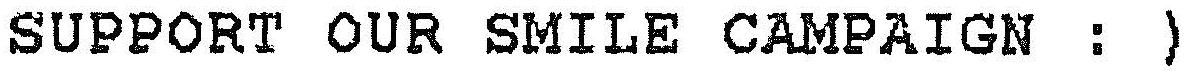
SUPPORT OUR SMILE CAMPAIGN : )